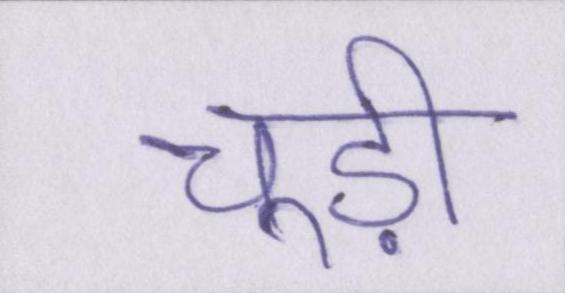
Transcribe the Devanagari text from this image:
चूड़ी